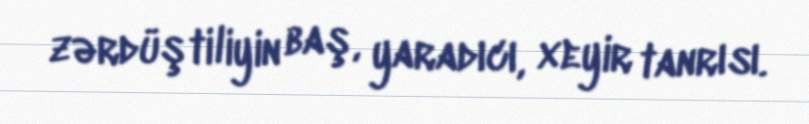
zərdüştiliyin baş, yaradıcı, xeyir tanrısı.